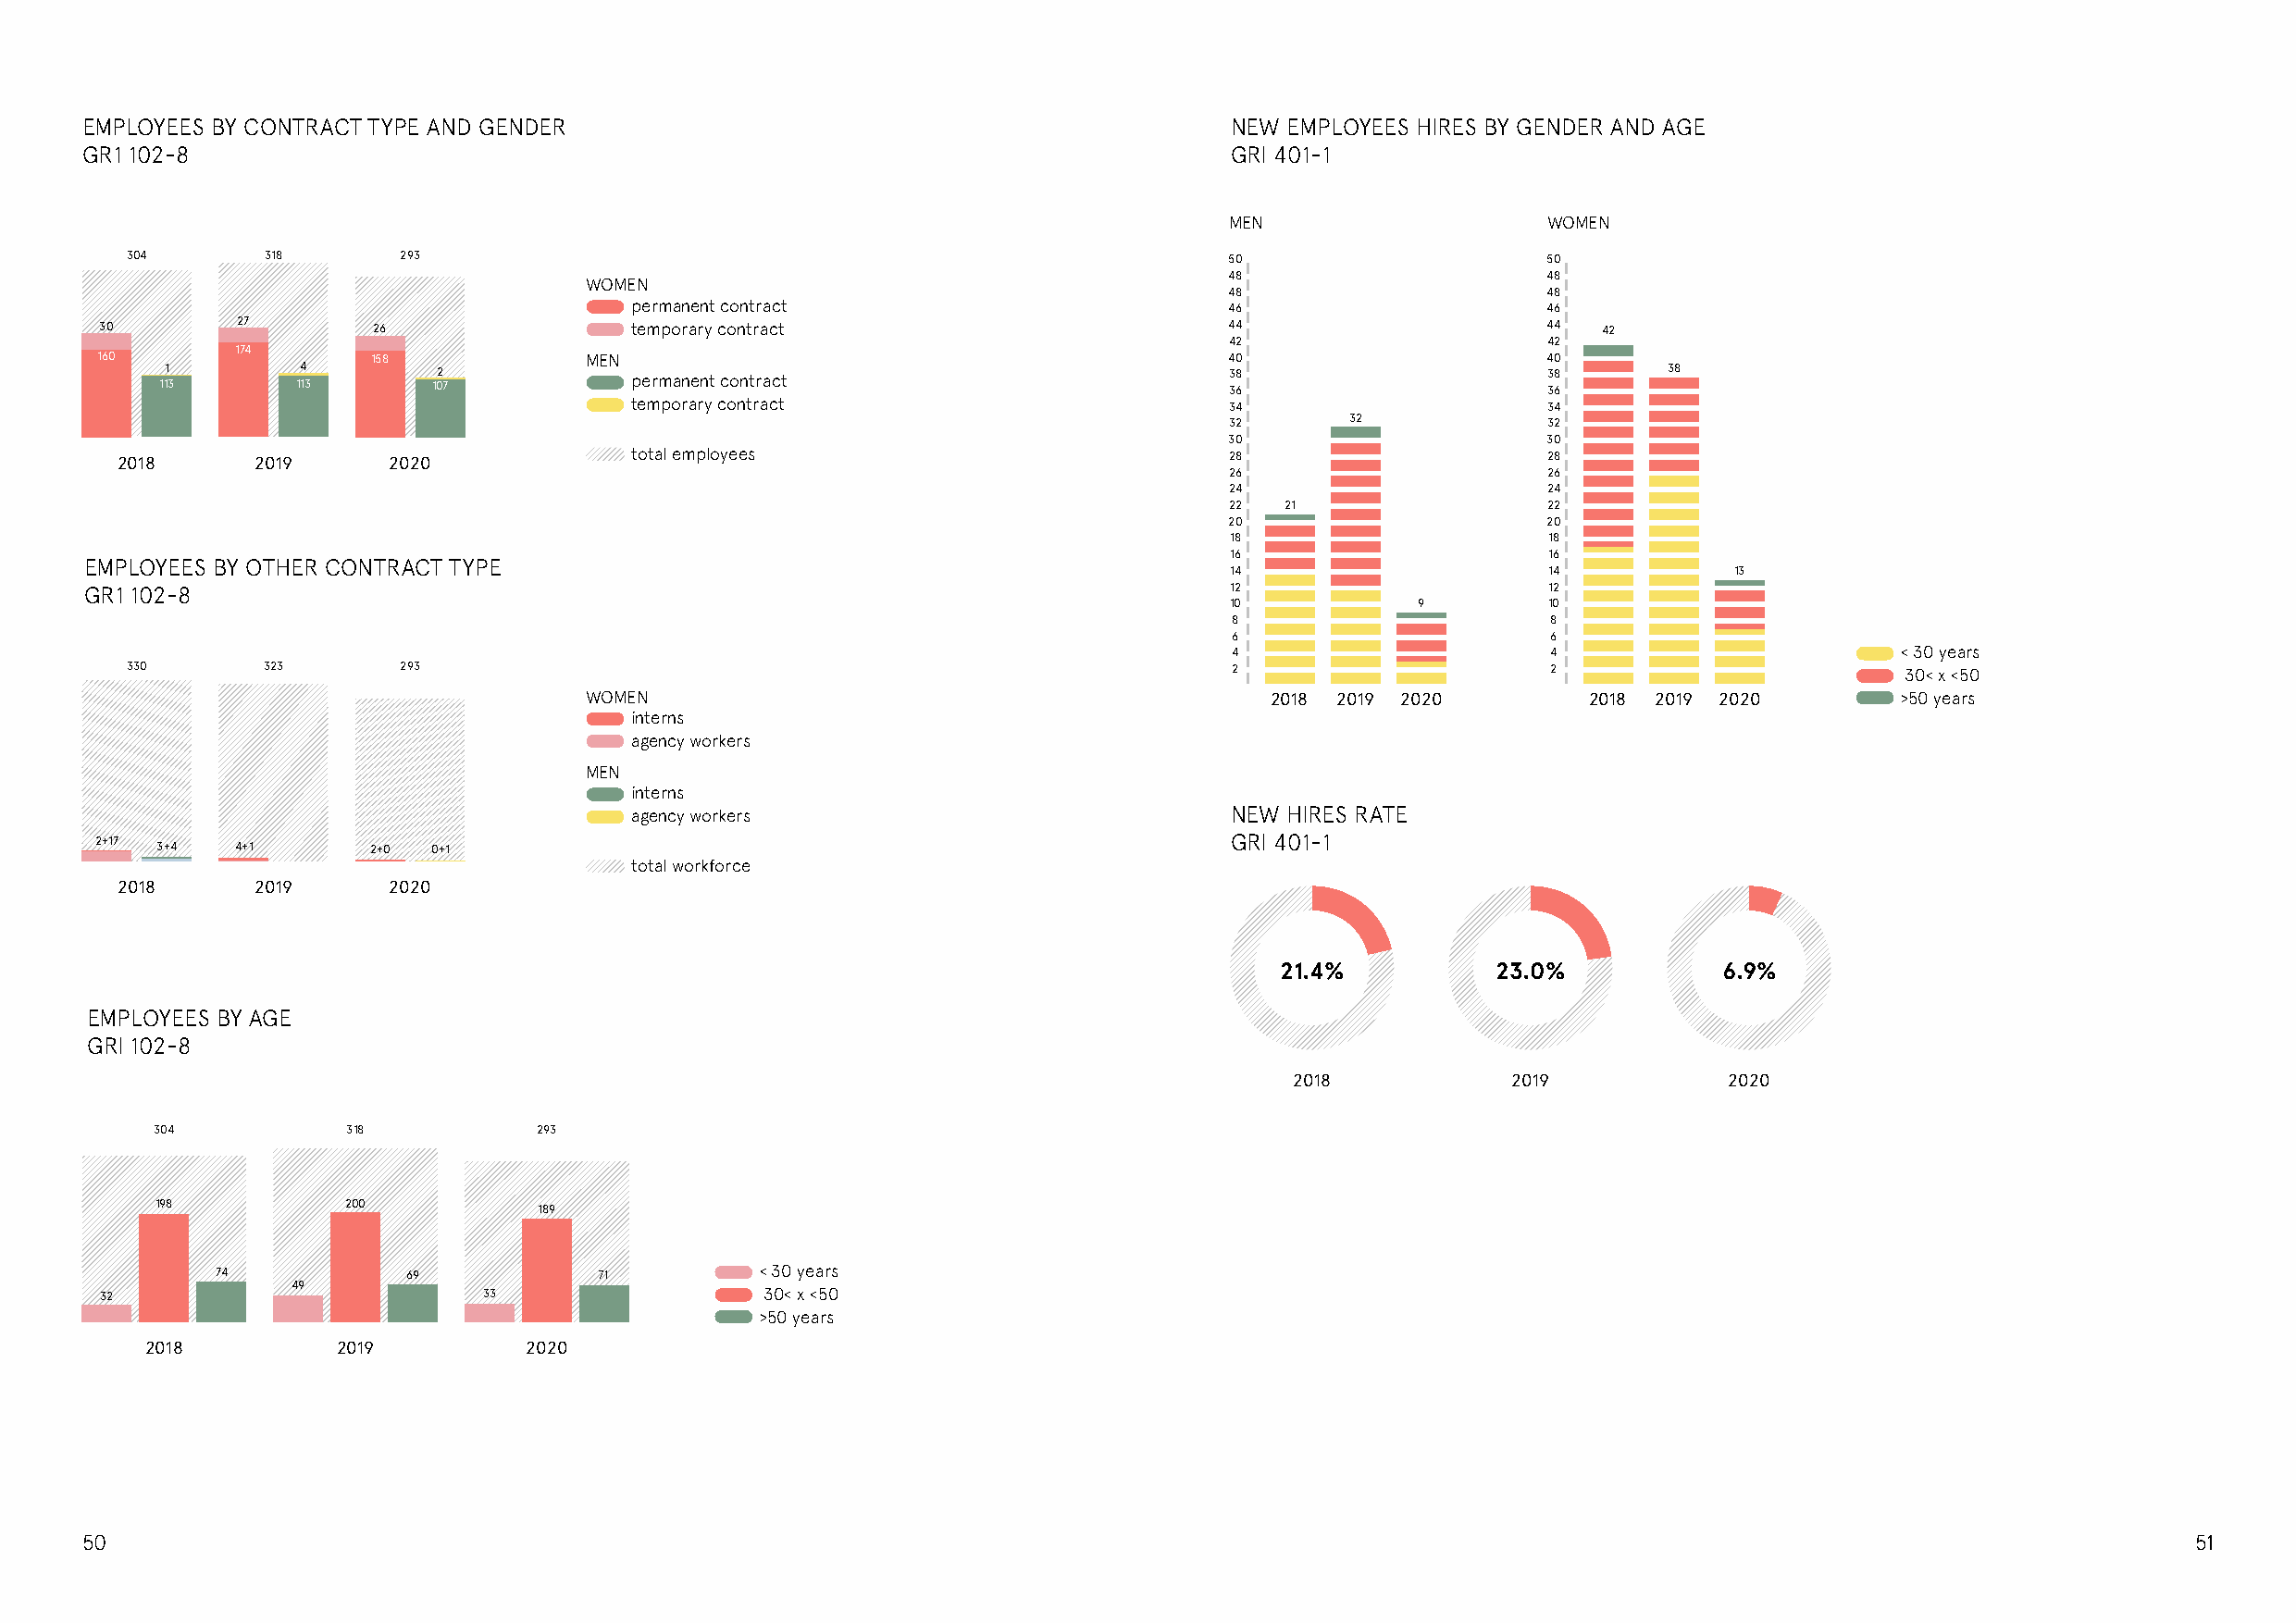
EMPLOYEES BY CONTRACT TYPE AND GENDER                                             NEW EMPLOYEES HIRES BY GENDER AND AGE
 GR1 102-8                                                                         GRI 401-1
 MEN                    WOMEN
 304       318       293                                                        50                     50
 48                     48
 WOMEN
 48                     48
 permanent contract                         46                     46
 30        27        26                temporary contract                         44                     44  42
 42                     42
 174
 160                 158            MEN                                           40                     40
 111 3     14 13     102 7         permanent contract                         3 38 6                 3 38 6  38
 temporary contract                         34                     34
 32      32             32
 30                     30
 2018      2019      2020             total employees                            28                     28
 26                     26
 24                     24
 22  21                 22
 20                     20
 18                     18
 16                     16
 EMPLOYEES BY OTHER CONTRACT TYPE
 14                     14           13
 GR1 102-8                                                                         12                     12
 10           9         10
 8                      8
 6                      6
 4                      4                        < 30 years
 330       323       293                                                        2                      2                        30< x <50
 WOMEN                                            2018 2019 2020         2018 2019 2020        >50 years
 interns
 agency workers
 MEN
 interns
 agency workers                             NEW HIRES RATE
 2+17 3+4  4+1      2+0  0+1                                                      GRI 401-1
 total workforce
 2018      2019      2020
 21.4%          23.0%           6.9%
 EMPLOYEES BY AGE
 GRI 102-8
 2018            2019            2020
 304           318          293
 198           200          189
 74            69                       < 30 years
 49
 32                          33                  30< x <50
 >50 years
 2018          2019          2020
 50                                                                                                                                                     51